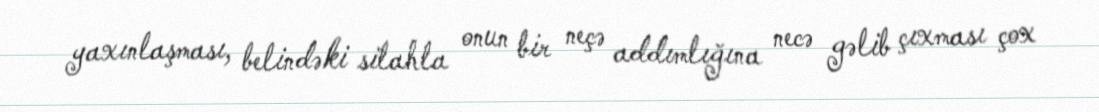
yaxınlaşması, belindəki silahla onun bir neçə addımlığına necə gəlib çıxması çox